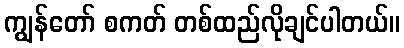
ကျွန်တော် စကတ် တစ်ထည်လိုချင်ပါတယ်။